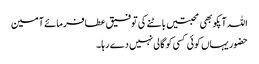
اللہ آپکو بھی محبتیں باٹنے کی توفیق عطافرمائے آمین
حضور یہاں کوئی کسی کو گالی نہیں دے رہا۔